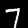
Label: 7